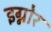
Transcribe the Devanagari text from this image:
इग्नोर